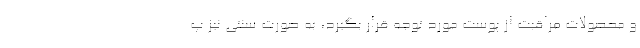
و محصولات مراقبت از پوست مورد توجه قرار بگیرد، به صورت سنتی نیز پ